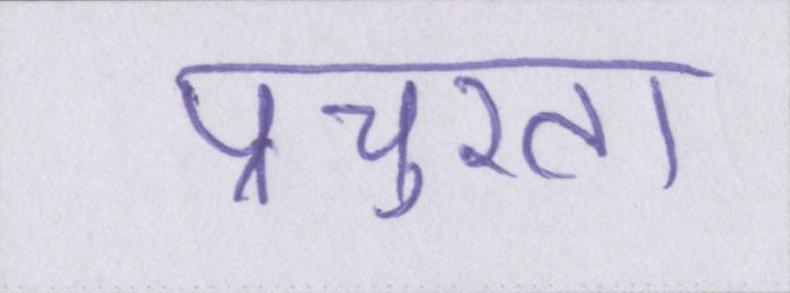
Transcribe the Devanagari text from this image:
प्रचुरता